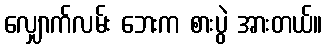
လျှောက်လမ်း ဘေးက စားပွဲ အားတယ်။